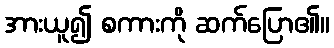
အားယူ၍ စကားကို ဆက်ပြော၏။